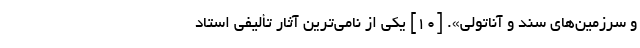
و سرزمین‌های سند و آناتولی». [۱۰] یکی از نامی‌ترین آثارِ تألیفی استاد